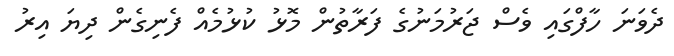
ދެވަނަ ހާފްގައި ވެސް ޖަރުމަނުގެ ފަރާތުން މޮޅު ކުޅުމެއް ފެނިގެން ދިޔަ އިރު